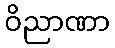
ဝိညာဏာ